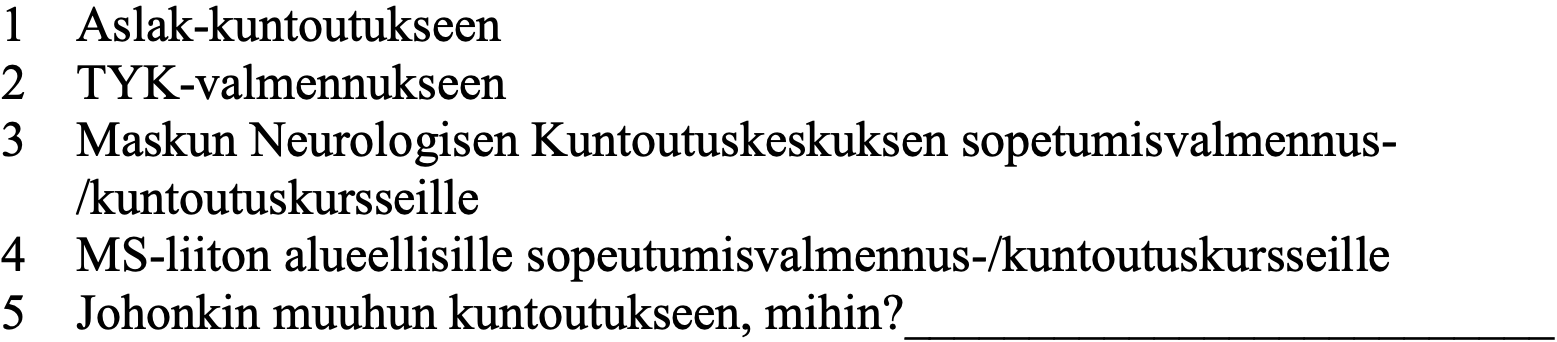
1  Aslak-kuntoutukseen 2  TYK-valmennukseen 3  Maskun Neurologisen Kuntoutuskeskuksen sopetumisvalmennus- /kuntoutuskursseille 4  MS-liiton alueellisille sopeutumisvalmennus-/kuntoutuskursseille 5  Johonkin muuhun kuntoutukseen, mihin?__________________________